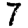
Digit: 7